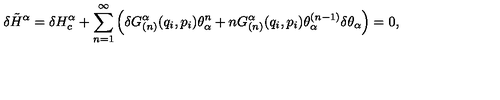
\delta \tilde { H } ^ { \alpha } = \delta H _ { c } ^ { \alpha } + \sum _ { n = 1 } ^ { \infty } \left( \delta G _ { ( n ) } ^ { \alpha } ( q _ { i } , p _ { i } ) \theta _ { \alpha } ^ { n } + n G _ { ( n ) } ^ { \alpha } ( q _ { i } , p _ { i } ) \theta _ { \alpha } ^ { ( n - 1 ) } \delta \theta _ { \alpha } \right) = 0 ,